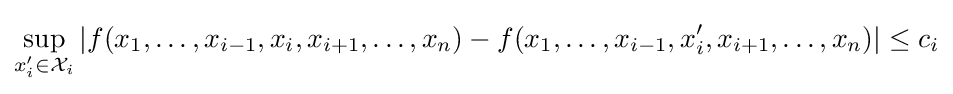
\sup _{x_{i}'\in {\mathcal {X}}_{i}}\left|f(x_{1},\dots ,x_{i-1},x_{i},x_{i+1},\ldots ,x_{n})-f(x_{1},\dots ,x_{i-1},x_{i}',x_{i+1},\ldots ,x_{n})\right|\leq c_{i}